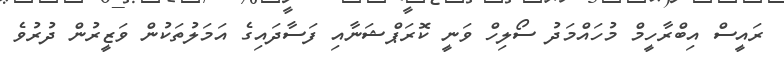
ރައީސް އިބްރާހީމް މުހައްމަދު ސޯލިހް ވަނީ ކޮރަޕްޝަނާއި ފަސާދައިގެ އަމަލުތަކުން ވަޒީރުން ދުރުވެ